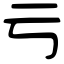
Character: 亏